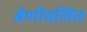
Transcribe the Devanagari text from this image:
श्रेणीवलित